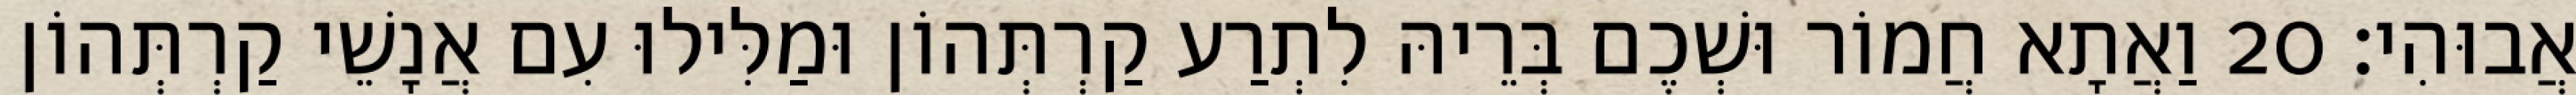
אֲבוּהִי׃ 20 וַאֲתָא חֲמוֹר וּשְׁכֶם בְּרֵיהּ לִתְרַע קַרְתְּהוֹן וּמַלִּילוּ עִם אֲנָשֵׁי קַרְתְּהוֹן